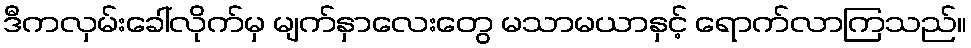
ဒီကလှမ်းခေါ်လိုက်မှ မျက်နှာလေးတွေ မသာမယာနှင့် ရောက်လာကြသည်။